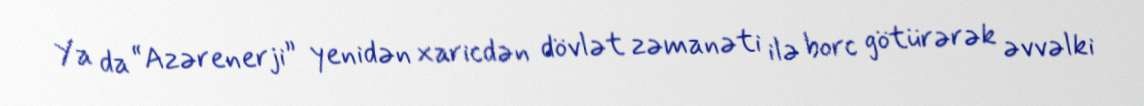
Ya da “Azərenerji” yenidən xaricdən dövlət zəmanəti ilə borc götürərək əvvəlki